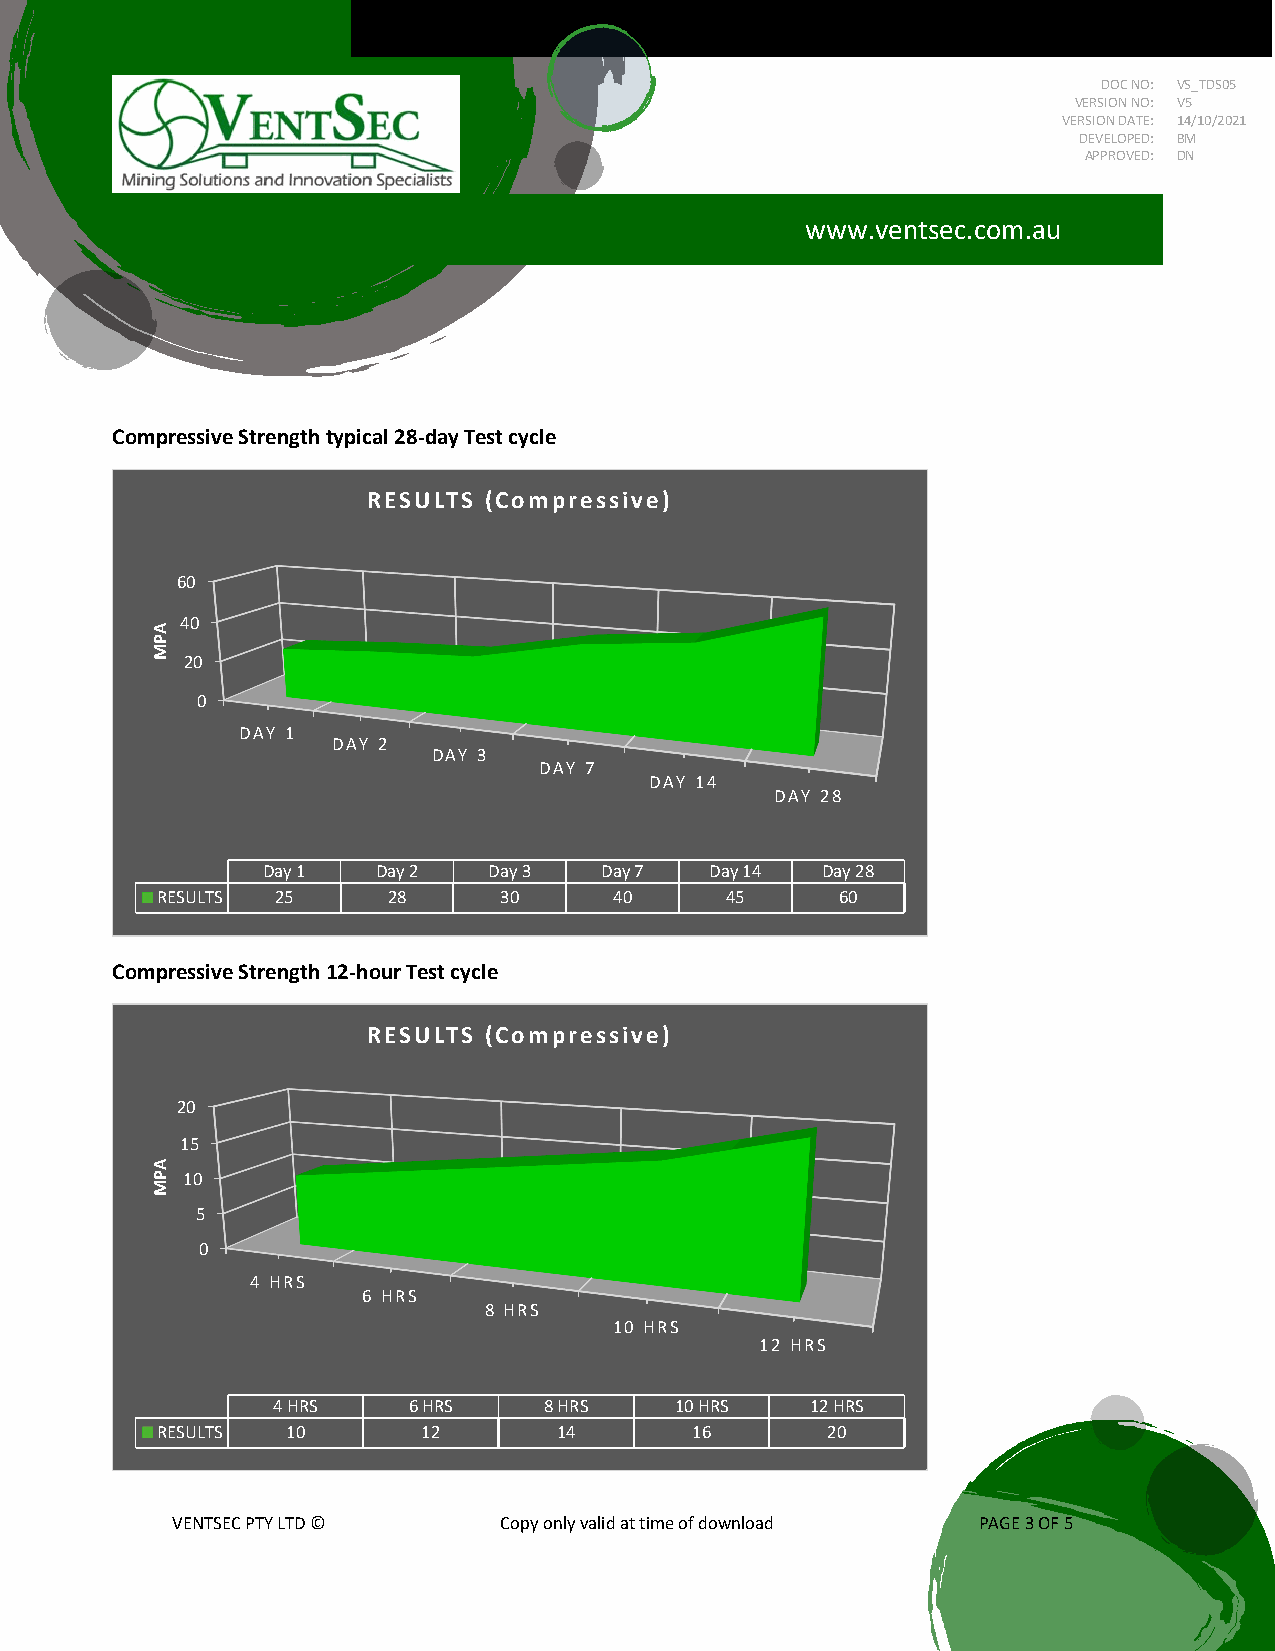
DOC NO: VS_TDS05
 VERSION NO: V5
 VERSION DATE: 14/10/2021
 DEVELOPED: BM
 APPROVED: DN
 www.ventsec.com.au
 Compressive Strength typical 28-day Test cycle
 RESULTS (Compressive)
 60
 40
 20
 0
 DAY 1
 DAY 2
 DAY 3
 DAY 7
 DAY 14
 DAY 28
 Day 1   Day 2  Day 3   Day 7  Day 14 Day 28
 RESULTS 25      28     30      40     45      60
 Compressive Strength 12-hour Test cycle
 RESULTS (Compressive)
 20
 15
 10
 5
 0
 4 HRS
 6 HRS
 8 HRS
 10 HRS
 12 HRS
 4 HRS    6 HRS    8 HRS    10 HRS   12 HRS
 RESULTS  10       12       14       16       20
 VENTSEC PTY LTD ©     Copy only valid at time of download PAGE 3 OF 5
 APM
 APM